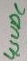
Text: 4,5VDC